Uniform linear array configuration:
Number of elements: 24
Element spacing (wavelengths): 0.75
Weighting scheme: hamming
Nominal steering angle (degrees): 30
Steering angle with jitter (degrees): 31.445
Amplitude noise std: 0.05
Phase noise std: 0.05

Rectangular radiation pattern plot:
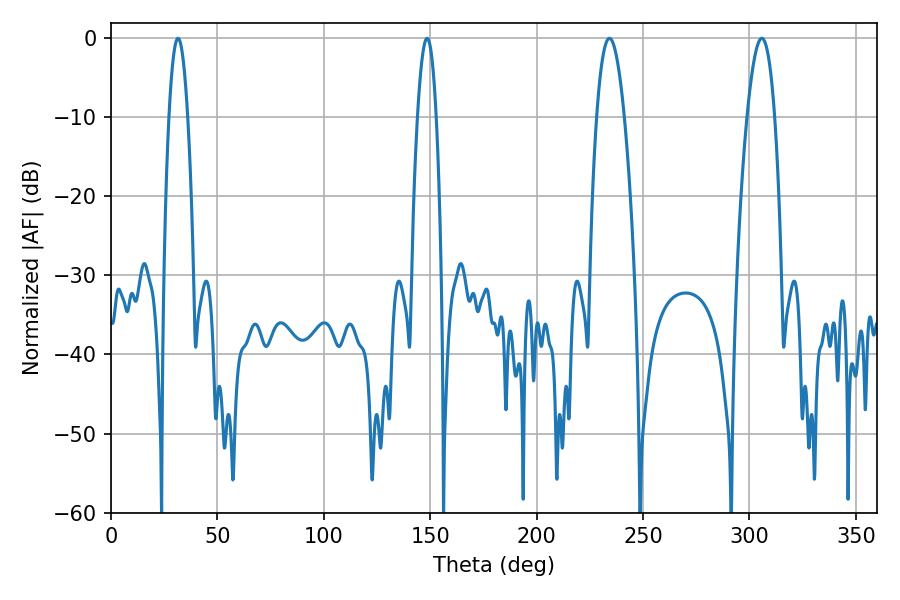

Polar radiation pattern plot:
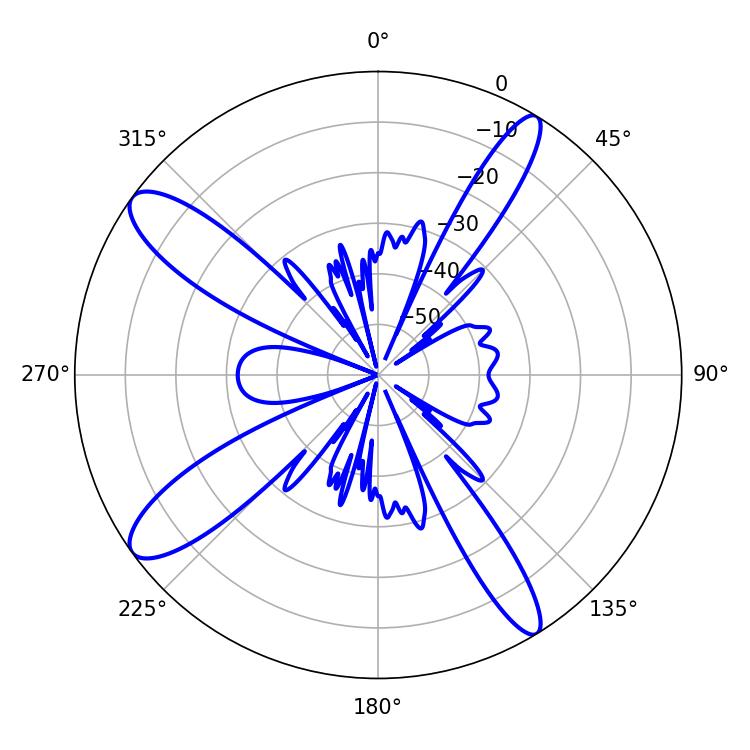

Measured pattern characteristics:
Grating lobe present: TRUE
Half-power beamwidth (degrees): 7.2
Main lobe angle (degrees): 305.82